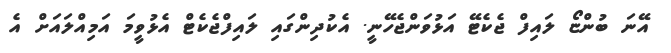
އޭނަ ބުންޏޯ ލައިފް ޖެކެޓޭ އަޅުވަންޖެހޭނީ. އެކުދިންގައި ލައިފްޖެކެޓް އެޅުވީމަ އަމިއްލައަށް އެ